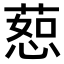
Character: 𫉅